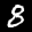
Label: 8